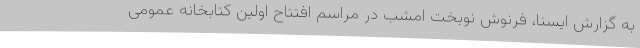
به گزارش ایسنا، فرنوش نوبخت امشب در مراسم افتتاح اولین کتابخانه عمومی